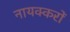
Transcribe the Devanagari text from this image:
नायक्करों